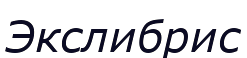
Экслибрис